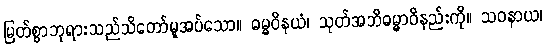
မြတ်စွာဘုရားသည်သိတော်မူအပ်သော။ ဓမ္မဝိနယံ၊ သုတ်အဘိဓမ္မာဝိနည်းကို။ သဝနာယ၊